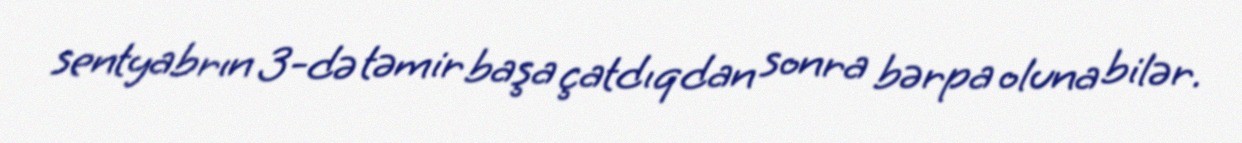
sentyabrın 3-də təmir başa çatdıqdan sonra bərpa oluna bilər.